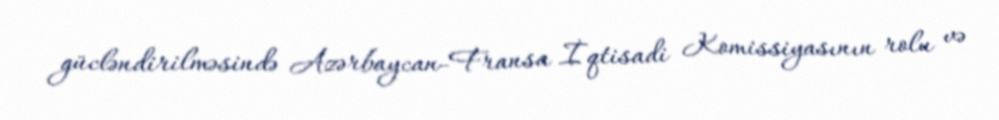
gücləndirilməsində Azərbaycan-Fransa İqtisadi Komissiyasının rolu və